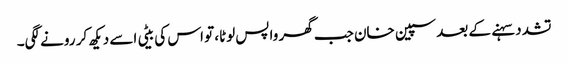
تشدد سہنے کے بعد سپین خان جب گھر واپس لوٹا، تو اس کی بیٹی اسے دیکھ کر رونے لگی۔